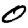
Digit: 0